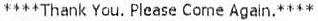
****THANK YOU. PLEASE COME AGAIN.****